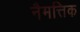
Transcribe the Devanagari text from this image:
नैमत्तिक